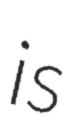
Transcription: is